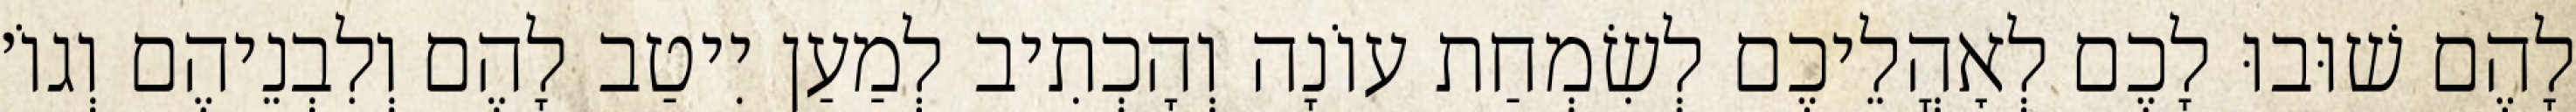
לָהֶם שׁוּבוּ לָכֶם לְאׇהֳלֵיכֶם לְשִׂמְחַת עוֹנָה וְהָכְתִיב לְמַעַן יִיטַב לָהֶם וְלִבְנֵיהֶם וְגוֹ׳